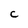
Character: C